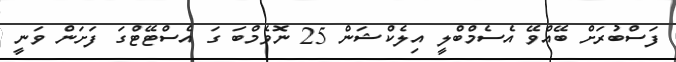
ފަސްބުރަށް ބޭއްވޭ އެސެމްބްލީ އިލެކްޝަން 25 ނޮވެމްބަ ގަ އެސްޓޭޓްގަ ފަށަން ވަނީ